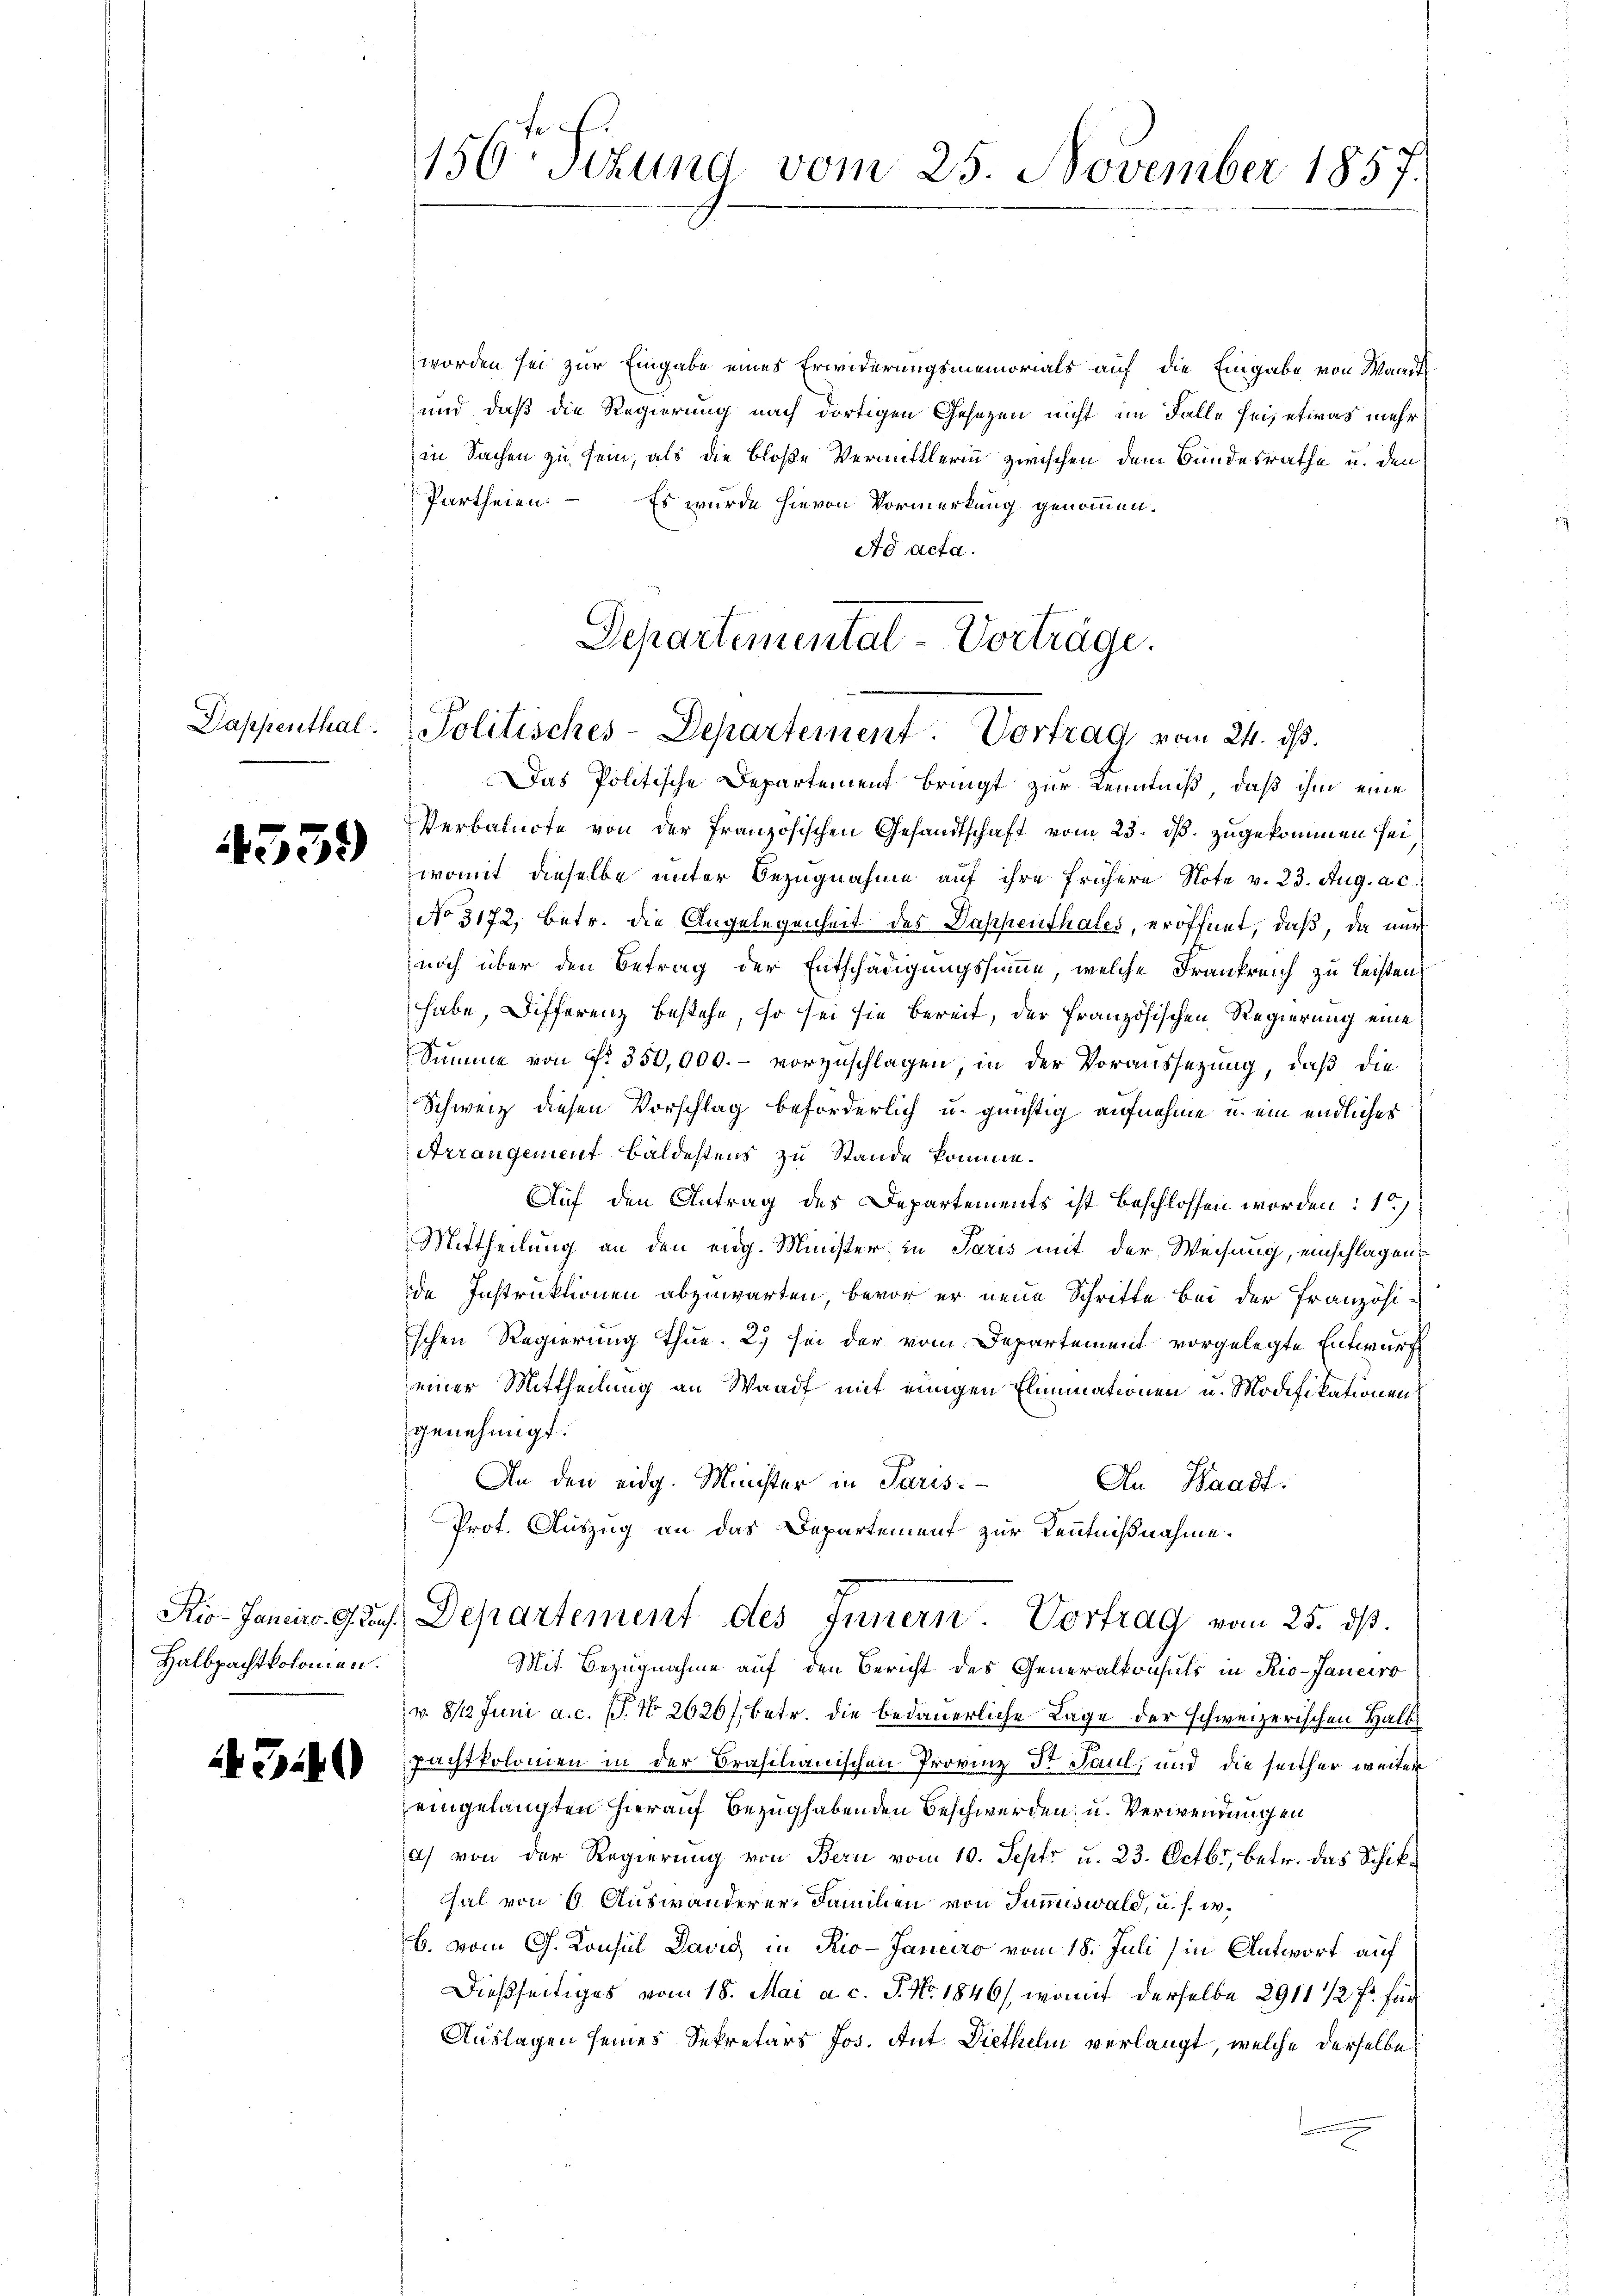
4539)

Halbpachtkolomen.

43.40

156. Titung vom 25. November 1857.

worden sei zur Eingabe eines Erwiderungsmemorials auf die Eingabe von Waadt
und daß die Regierung nach dortigen Gesetzen nicht im Falle sei, etwas mehr
in Sachen zu sein, als die bloße Vermittlerin zwischen dem Bundesrathe u. den
Partheien. – Es wurde hievon Vormerkung genommen.
Ad acta.
Departemental-Vorträge.

Dappenthal. Politisches-Departement. Vortrag vom 24. ds.

Das Politische Departement bringt zur Kenntniß, daß ihm eine
Verbalnote von der französischen Gesandtschaft vom 23. ds. zugekommen sei
womit dieselbe unter Bezugnahme auf ihre frühere Note v. 23. Aug. a. c.
No 3172, betr. die Angelegenheit des Dappenthales, eröffnet, daß, da nur
noch über den Betrag der Entschädigungssumme, welche Frankreich zu leisten
habe, Differenz bestehe, so sei sie bereit, der französischen Regierung eine
Summe von Nr. 350,000.- vorzuschlagen, in der Voraussetzung, daß die
Schweiz diesen Vorschlag beförderlich u. günstig aufnehme u. ein endliches
Arrangement bäldestens zu Stande komme.
Auf den Antrag des Departements ist beschlossen worden: 1.)
Mittheilung an den eidg. Minister in Paris mit der Weisung, einschlagen
de Instruktionen abzuwarten, bevor er neue Schritte bei der Französi-
schen Regierung thue. 2. sei der vom Departement vorgelegte Entwurf
einer Mittheilung an Waadt mit einigen Eliminationen u. Modifikationen
genehmigt.
An den eidg. Minister in Paris
An Waadt.
Prot. Auszug an das Departement zur Kenntnißnahme.
Stio. Janein. Ges. Departement des Innern. Vortrag vom 25. ds.
Mit Bezugnahme auf den Bericht des Generalkonsuls in Rio-Janeiro
v. 812 Juni a.c. s. No 2620/, betr. die bedauerliche Lage der schweizerischen Halb
pachtkolomen in der Brasilianischen Provinz Dr Paul, und die seither weiter
eingelangten hierauf Bezug habenden Beschwerden, u. Verwendungen
a) von der Regierung von Bern vom 10. Sept. u. 23. Octbr, betr. das Schikhal von 6 Auswanderer, Familien von Summiswald, u. s. w.
b. vom G. Konsul David in Rio-Janeiro vom 18. Juli (in Antwort auf
Dießseitiges vom 18. Mai a. c. J. No. 1846), womit derselbe 2911 1/2 fr für
Auslagen seines Sekretärs Jos. Ant. Diethelm verlangt, welche derselbe